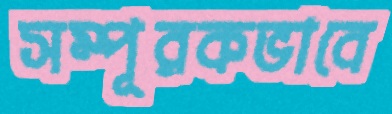
সম্পূরকভাবে